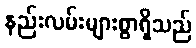
နည်းလမ်းများစွာရှိသည်